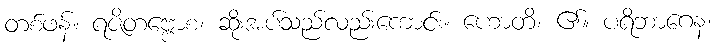
တစ်ဖန်။ ရဇိတဗ္ဗောစ၊ ဆိုးအပ်သည်လည်းကောင်း။ ဟောတိ၊ ၏။ ပရိဘာဂေန၊